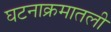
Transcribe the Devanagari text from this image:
घटनाक्रमातली